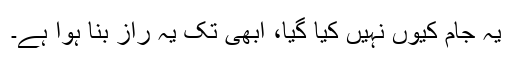
یہ جام کیوں نہیں کیا گیا، ابھی تک یہ راز بنا ہوا ہے۔